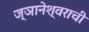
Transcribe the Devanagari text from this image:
ज्ञानेश्वराची